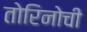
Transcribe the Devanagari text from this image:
तोरिनोची